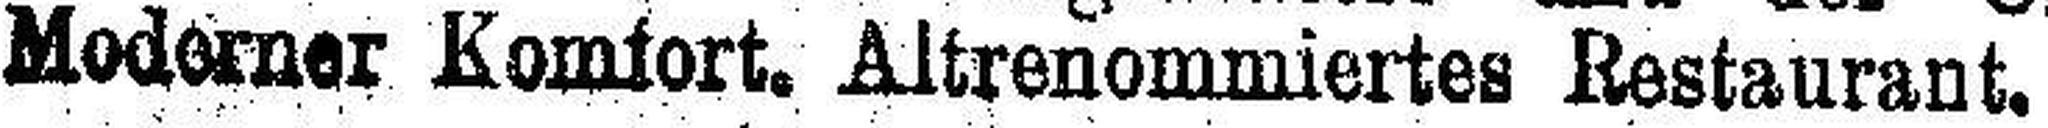
Moderner Komfort. Altrenommiertes Restaurant.